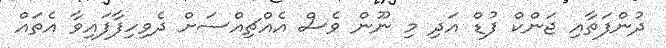
ދުންފަތާއި ޖަންކް ފުޑް އަދި މި ނޫން ވެސް އެއްޗިއްސަށް ދެވިހިފާފައިވާ އެތައް